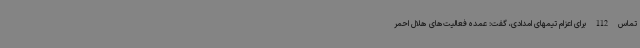
تماس 112 برای اعزام تیمهای امدادی، گفت: عمده فعالیت‌های هلال احمر